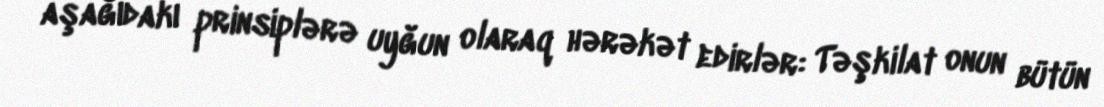
aşağıdakı prinsiplərə uyğun olaraq hərəkət edirlər: Təşkilat onun bütün